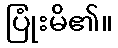
ပြုံးမိ၏။